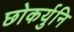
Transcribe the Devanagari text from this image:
छोकर्युनि